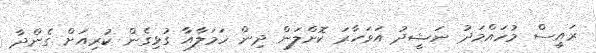
ރައީސް މުހައްމަދު ނަޝީދު އަވަހާރަ ކޮށްލަން ދިން ހަމަލާއާ ގުޅިގެން ކުރިއަށް ގެންދާ